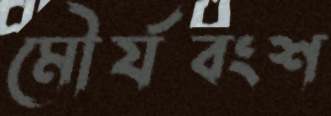
মৌর্যবংশ